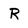
Character: R